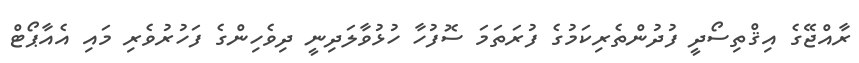
ރާއްޖޭގެ އިޤްތިސޯދީ ފުދުންތެރިކަމުގެ ފުރަތަމަ ސޮފުހާ ހުޅުވާލަދިނީ ދިވެހިންގެ ފަހުރުވެރި މައި އެއާޕޯޓް